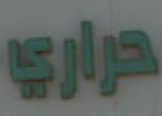
حراري